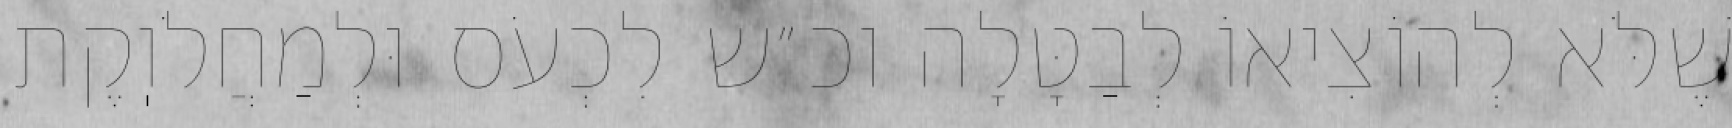
שֶׁלֹּא לְהוֹצִיאוֹ לְבַטָּלָה וכ״ש לִכְעֹס וּלְמַחֲלֹוֽקֶת